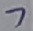
Text: 7